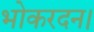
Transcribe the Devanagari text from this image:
भोकरदन।